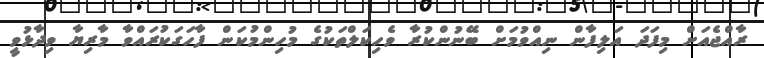
ރާއްޖެއަށް މިފަދަ އަލިފާން ނިއްވުމަށް ބޭނުންކުރާ ވެހިކަލްތަކުގެ މުހިންމުކަން ފާހަގަކުރައްވާ މާރިޔާ ވިދާޅުވީ